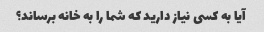
آیا به کسی نیاز دارید که شما را به خانه برساند؟